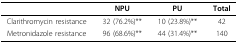
<table><thead><tr><td></td><td><b>NPU</b></td><td><b>PU</b></td><td><b>Total</b></td></tr></thead><tbody><tr><td>Clarithromycin resistance</td><td>32 (76.2%)**</td><td>10 (23.8%)**</td><td>42</td></tr><tr><td>Metronidazole resistance</td><td>96 (68.6%)**</td><td>44 (31.4%)**</td><td>140</td></tr></tbody></table>